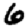
Digit: 6